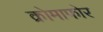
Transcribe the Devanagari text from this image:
क्रोमाफोर